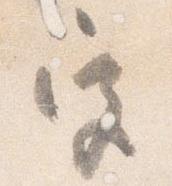
宮